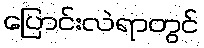
ပြောင်းလဲရာတွင်